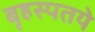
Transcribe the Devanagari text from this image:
बृहस्पतये